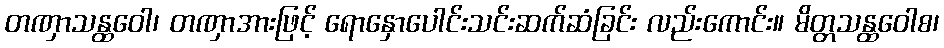
တဏှာသန္ထဝေါ၊ တဏှာအားဖြင့် ရောနှောပေါင်းသင်းဆက်ဆံခြင်း လည်းကောင်း။ မိတ္တသန္ထဝေါစ၊